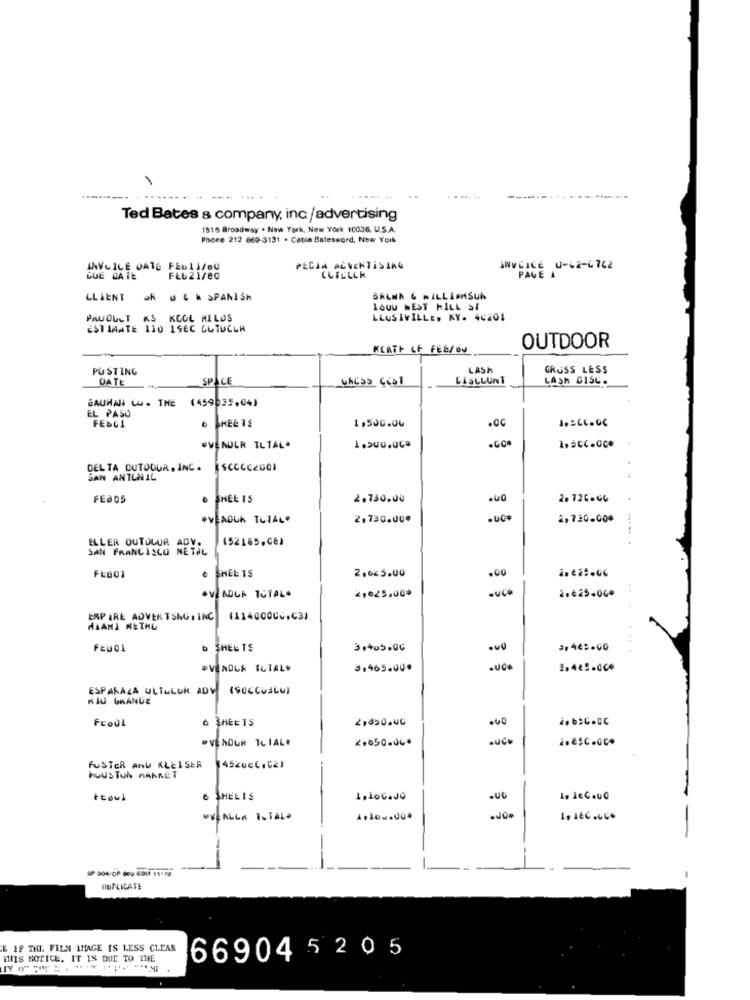
.. ....
.... ..
------. .. ..----------
Ted Bates & company, inc/advertising
1515 Broadway . New York, New York 10036. U.S.A.
Phone 212 869-3131 . Cable:Batesword, Now York
INVCILE DATE FEULI/BU
PECIA ADVERTISING
ANWLICE U-62-6762
PAGE 1
DUE DATE
FEb 21/80
CLICLLK
CLIENT
U 4 k SPANISH
BRUNA & WILLIAMSUN
LOUU BEST HILL ST
PRUDUCT AS KOOL MILOS
LLUSIVILLE, KY. 44204
ESTIMATE 110 1SEC GUTUCLR
HEATH OF FEE/OU
OUTDOOR
PU STING
LASH
GRUSS LESS
DATE
SPACE
WAESO Cial
LASCLUNT
LASH DISC.
BAUMANN CO. THE
(459635,04)
EL PASO
1.500.00
.Cc
1 .= 66.06
FEDLI
6 SHEETS
.CC.
EVENULR TLTAL.
1.500.00*
DEL TA OUTOOUR, INC .
SCCCC2001
SAN ANTONIL
FEJ05
SHEE IS
2,730.00
2.726.06
*VEADUK TOTAL*
2,730.00*
.00*
2,730.00*
452165,CE)
ELLER OUTOLUR ADY.
SAN FRANCISCO METAL
2,025.00
SHEETS
.Go
21025.00*
auce
2.625.00*
VLADGA TOTAL
EMPIRE ADVER TSNG , INC
(11400000,031
MIANI NETHU
Fewol
SHEL TS
3.405.06
#VENDUA TUTAL.
3,465.00*
2.465.000
ESPAKAZA ULTULUR ADV
(SOCCUSLU)
KIJ GRANGE
SHEETS
2,850.00
FLOUL
"VENDUR TCIAL.
2,850.06.
auce
2.esc-
FUSTER AND KLEISER
14520EC.02)
huus Tuh nANNET
6 SHELIS
WWEALLA TOTAL
.JON
1. JEC.UC.
-
DUPLICATE
E IF THE FILN IMAGE IS LESS CLEAS
THIS NOTICE. IT IS DUE TO THE
669045 2 0 5